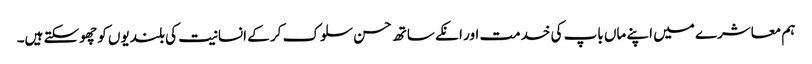
ہم معاشرے میں اپنے ماں باپ کی خدمت اور انکے ساتھ حسن سلوک کر کے انسانیت کی بلندیوں کو چھوسکتے ہیں۔